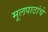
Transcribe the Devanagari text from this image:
मूलपाठांचे